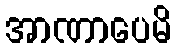
အာဏာပေမိ